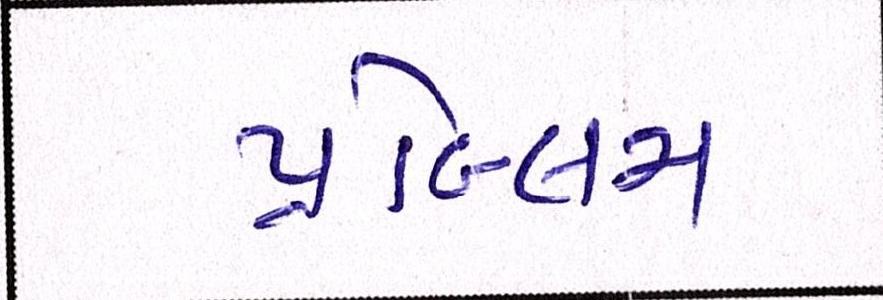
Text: પ્રૉબ્લમ